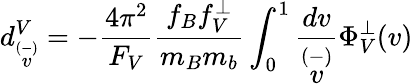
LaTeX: d_{\stackrel{(-)}{v}}^{V}=-\frac{4\pi^{2}}{F_{V}}\frac{f_{B}f_{V}^{\perp}}{m_{B}m_{b}}\int_{0}^{1}\frac{dv}{\stackrel{(-)}{v}}\Phi_{V}^{\perp}(v)